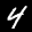
Label: 4